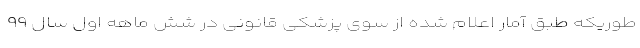
طوریکه طبق آمار اعلام شده از سوی پزشکی قانونی در شش ماهه اول سال ۹۹